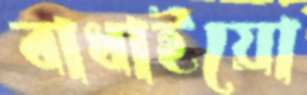
বাধাইয়ো